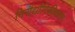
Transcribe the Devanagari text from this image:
निरौद्यौगिकीकरण